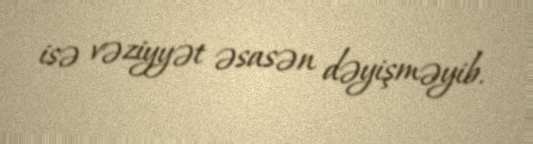
isə vəziyyət əsasən dəyişməyib.